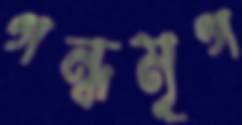
গন্ধমৃগ